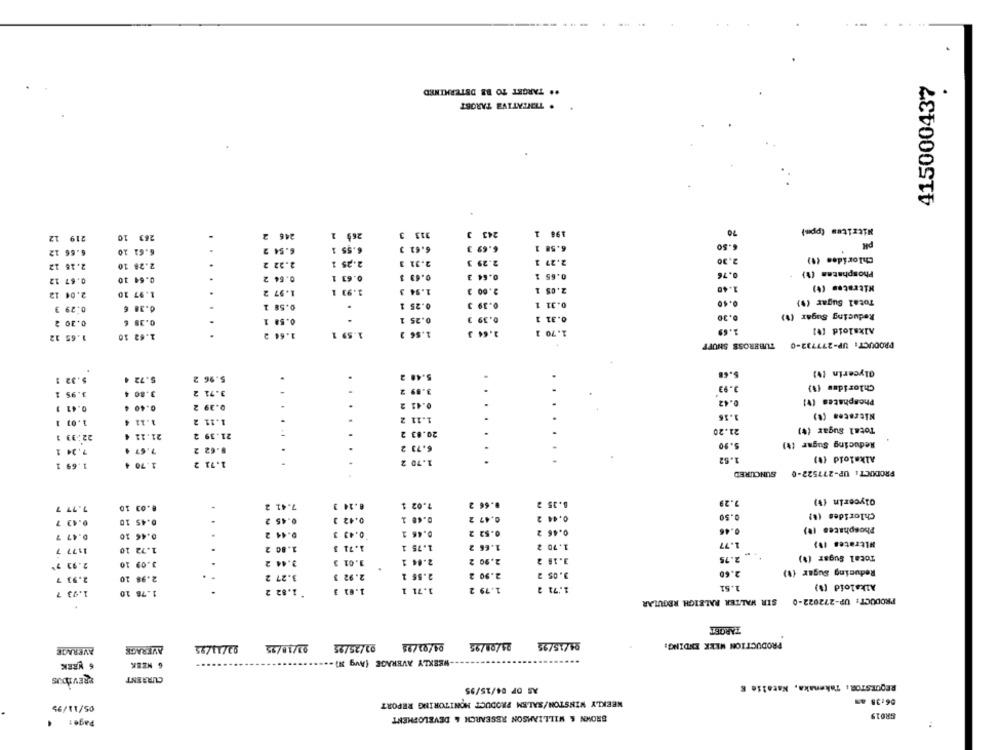
** TARGET TO BE DETERMINED
415000437
. TENTATIVE TAROBT
246 2
269 1
313 3
243 3
198 1
70
Nitrites (ppm)
219 12
263 10
6.62 10
6.54 2
6.55 1
6.62 3
6.69 3
6.58 1
6.50
PH
6.66 12
2.16 12
2.28 10
2.22
2.25 1
2.31
2.29 3
2.27 1
2.30
Chlorides (1)
0.67 12
0.64 10
0.64
0.63 1
0.63 3
0.64 3
0.65 1
0.76
Phosphates (1)
Nitraten (+)
2.04 12
1.97 10
1.97 2
1.93 1
1.94 3
2.00 1
2.05 1
1.40
Total Sugar (%)
0.29 3
0.38 €
0.25 1
0.39 3
0.31 1
0.40
6.30
Reducing Sugar (1)
0.30 2
0.38 €
.
0.58
0,25 1
3
0.39
0.31 1
1.70 1
1.69
Alkaloid [*]
1.65 12
1.62 10
1.64
1.59 1
1.56 3
2.64 3
PRODUCT: UP-277732-0 TUBEROSS SHUFF
5.48 2
Glycerin (V)
5.32 1
5.72 4
5.96 2
.
.
3.80 4
3.71 2
3.89 2
3.93
Chlorides (%)
1.95 1
0.42
Phosphates (V)
0.40 4
0.39 2
0.41 2
0.41 1
Nitraten (*)
1.01 1
1.12 4
1.11 2
1.11 2
Total Sugar (*)
22.33 1
21.11
21.39 2
20.83 2
.
21.20
Reducing Sugar (%)
7.24 1
7.67 4
0.62 2
6.73 2
5.90
1.62
Alkaloid (1)
1.69 1
1.70 4
1.71 2
1.70 2
.
... ..
SUNCURED
PRODUCT : UP-277522-0
8.14 3
7.02 1
2
0.35 2
7.29
Glycerin (%)
7.77 7
8.03 10
7.41 2
0.45 2
0.42 3
0.48 1
2
0.47
0.44 2
0.50
Chlorides (8)
0.43 7
0.45 10
0.46 10
0.44 2
0.43 3
0.46 1
2
0.53
0.46 2
0.46
Phosphates (*)
0.47 7
.
1177 7
1.72 10
1.80 2
1.71 3
1.75 1
2
1.70 2
1.77
Nitrates (*)
Total Sugar (%)
2.93 7*
3.09 10
3.44 2
3.01 3
2.04 1
2
2.90
3.18 2
2.75
.
Reducing Sugar (1)
2.93 7
2.98 10
3.27 2
2.92 3
2.56 1
2.90
3.05 2
2.60
1.51
Alkaloid (%)
1.93 7
1.78 10
1.82 2
1.01 3
1.71 1
2
1.79
1.71 2
SIR WALTER RALEIGH REGULAR
PRODUCT: UP-272022-0
TARGET
92/13/95
93/18/95
03/25/95
04/01/95
21/09/95
94/15/25
PRODUCTION WEEK ENDING:
AVERAGE
AVERAGE
-WEEKLY AVERAGE (Avg M) -
6 WREK
6 NZEK
PREVIOUS
CURRENT
AS OF 04/15/95
REQUESTOR: Takenaka, Natalie E
WEEKLY WINSTON/SALEM PRODUCT MONITORING REPORT
06:38 am
05/11/95
Page :
BROWN & WILLIAMSON RESEARCH & DEVELOPMENT
SRO19